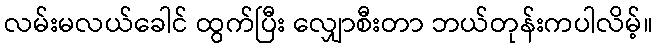
လမ်းမလယ်ခေါင် ထွက်ပြီး လျှောစီးတာ ဘယ်တုန်းကပါလိမ့်။